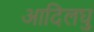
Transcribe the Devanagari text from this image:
आदिलघु